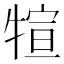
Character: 𤚗